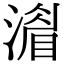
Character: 𣾨